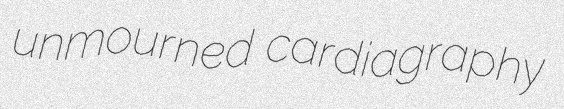
unmourned cardiagraphy